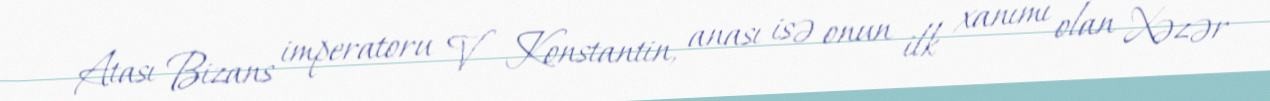
Atası Bizans imperatoru V Konstantin, anası isə onun ilk xanımı olan Xəzər